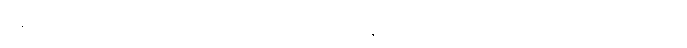
ပန၊ ဆက်ဦးအံ့။ သဗ္ဗေပိ၊ အလုံးစုံလည်းဖြစ်ကုန်သော။ ဧတေ ဓမ္မာ၊ ဤတရားတို့သည်။